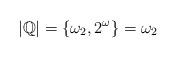
LaTeX: \begin{align*}|\mathbb{Q}| = \{ \omega_2, 2^\omega \} = \omega_2\end{align*}